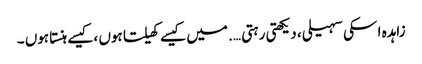
زاہدہ ا سکی سہیلی ، دیکھتی رہتی …. میں کیسے کھیلتا ہوں ،کیسے ہنستا ہوں ۔